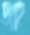
জাহ